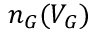
n _ { G } ( V _ { G } )